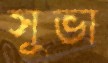
সুভা